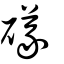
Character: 礒